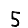
Digit: 5